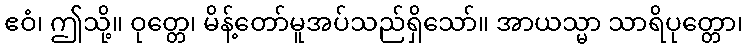
ဧဝံ၊ ဤသို့။ ဝုတ္တေ၊ မိန့်တော်မူအပ်သည်ရှိသော်။ အာယသ္မာ သာရိပုတ္တော၊